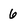
Character: 6